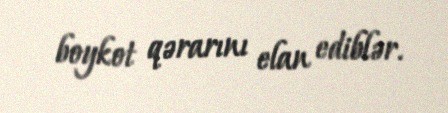
boykot qərarını elan ediblər.